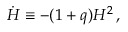
\dot { H } \equiv - ( 1 + q ) H ^ { 2 } \, ,